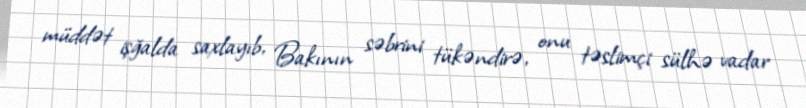
müddət işğalda saxlayıb, Bakının səbrini tükəndirə, onu təslimçi sülhə vadar